画像に写った文字を読んでください
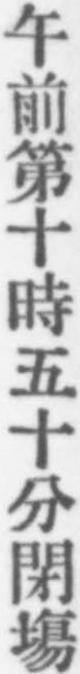
「午前第十時五十分閉塲」と書いてあります